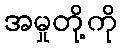
အမှုတို့ကို